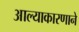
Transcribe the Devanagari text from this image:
आल्याकारणाने